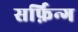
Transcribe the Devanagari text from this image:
सर्फ़िन्ग